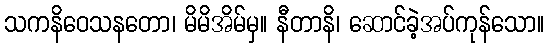
သကနိဝေသနတော၊ မိမိအိမ်မှ။ နီတာနိ၊ ဆောင်ခဲ့အပ်ကုန်သော။